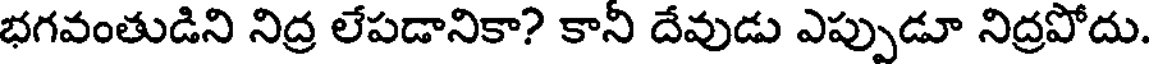
భగవంతుడిని నిద్ర లేపడానికా? కానీ దేవుడు ఎప్పుడూ నిద్రపోదు.